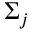
\Sigma _ { j }